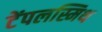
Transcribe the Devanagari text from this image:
टेंपलस्मिथ